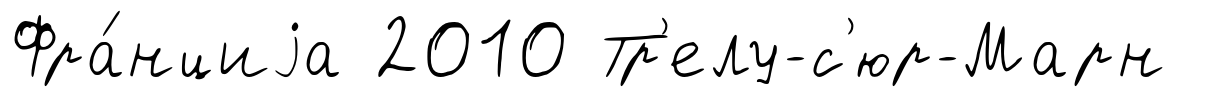
Фра́нциjа 2010 Тр'елу-с'юр-Марн